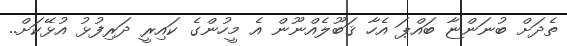
ތެދަށް ބުނަންޏާ ބައްޕަ އެހާ ޤަބޫލެއްނޫން އެ މީހުންގެ ކައިރީ ދަރިފުޅު އުޅޭކަށް..